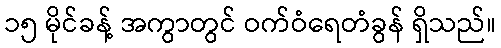
၁၅ မိုင်ခန့် အကွာတွင် ဝက်ဝံရေတံခွန် ရှိသည်။